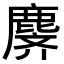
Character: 𬸾